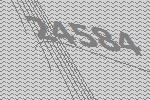
24584